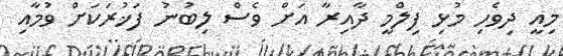
މިއީ ދިވެހި މުޅި ފިލްމީ ދާއިރާ އަށް ވެސް ލިބުނު ފަޚުރަކަށް ވުމާއި